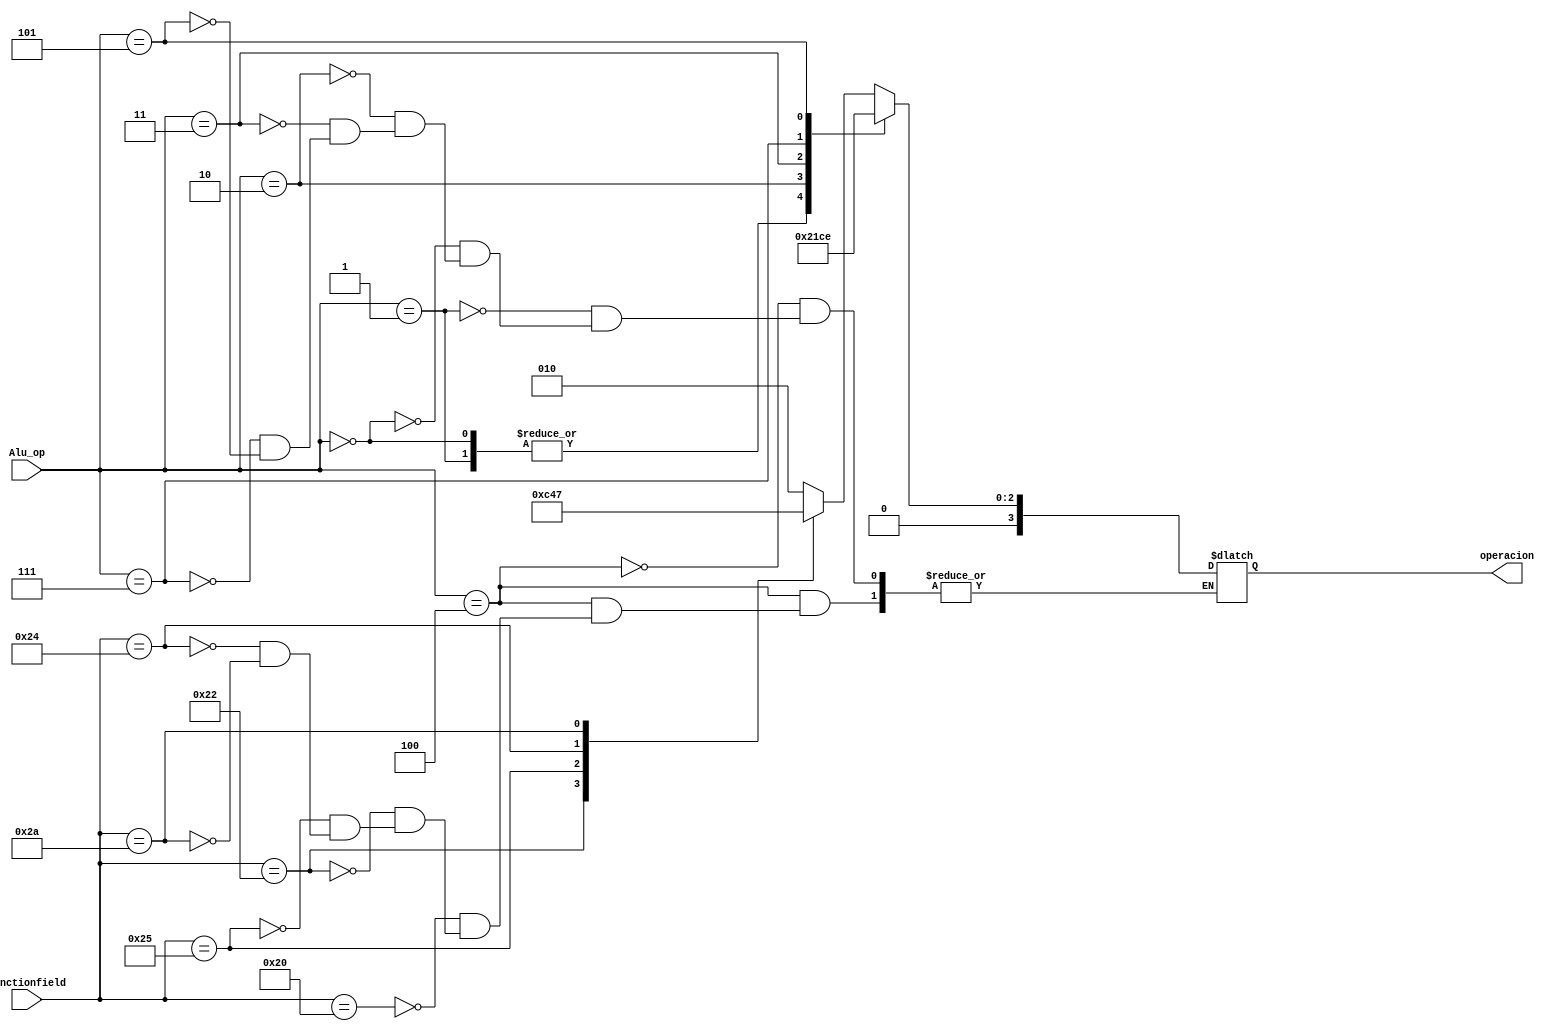
module ALU_Control(

	input [5:0]functionfield,
	input [2:0]Alu_op,
	output reg [3:0]operacion
);

always@*
begin
	case(Alu_op)
	3'b100://Tipo R
    begin
		case(functionfield)
		6'b100000:
            operacion=4'b0010;//SUMA
        6'b100010:
            operacion=4'b0110;//RESTA
        6'b100101:
            operacion=4'b0001;//OR
        6'b100100:
            operacion=4'b0000;//AND
        6'b101010:
            operacion=4'b0111;//SLT
        endcase
    end
    3'b001://ADDI
    begin
        operacion=4'b0010;
    end
    3'b000://LW, SW
    begin
        operacion=4'b0010;
    end
    3'b010://ANDI
    begin
        operacion=4'b0000;
    end
    3'b011://SLTI
    begin
        operacion=4'b0111;
    end
    3'b111://ORI
    begin
        operacion=4'b0001;
    end
    3'b101://BEQ
    begin
        operacion=4'b0110;
    end
    endcase
end
	
endmodule